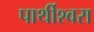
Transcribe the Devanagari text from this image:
पार्थीश्‍वरा